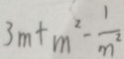
3 m + m ^ { 2 } - \frac { 1 } { m ^ { 2 } }